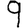
Digit: 9